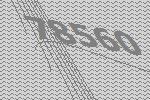
78560